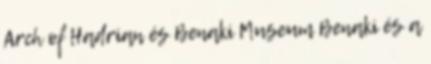
Arch of Hadrian és Benaki Museum Benaki és a